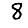
Digit: 8